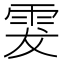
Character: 𩂔